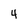
Character: 4